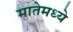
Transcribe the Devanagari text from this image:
मातेमध्ये